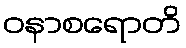
ဝနာစရောတိ